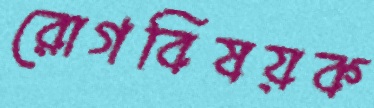
রোগবিষয়ক